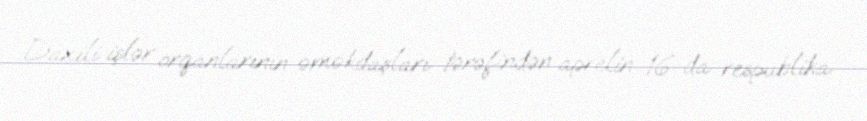
Daxili işlər orqanlarının əməkdaşları tərəfindən aprelin 16-da respublika